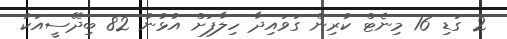
2 ގަޑި 16 މިނެޓް ކުރިން ގަވައިދާ ހިލާފަށް އުޅުނު 82 ބިދޭސީއަކު